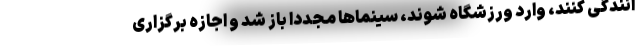
انندگی کنند، وارد ورزشگاه شوند، سینماها مجددا باز شد و اجازه برگزاری